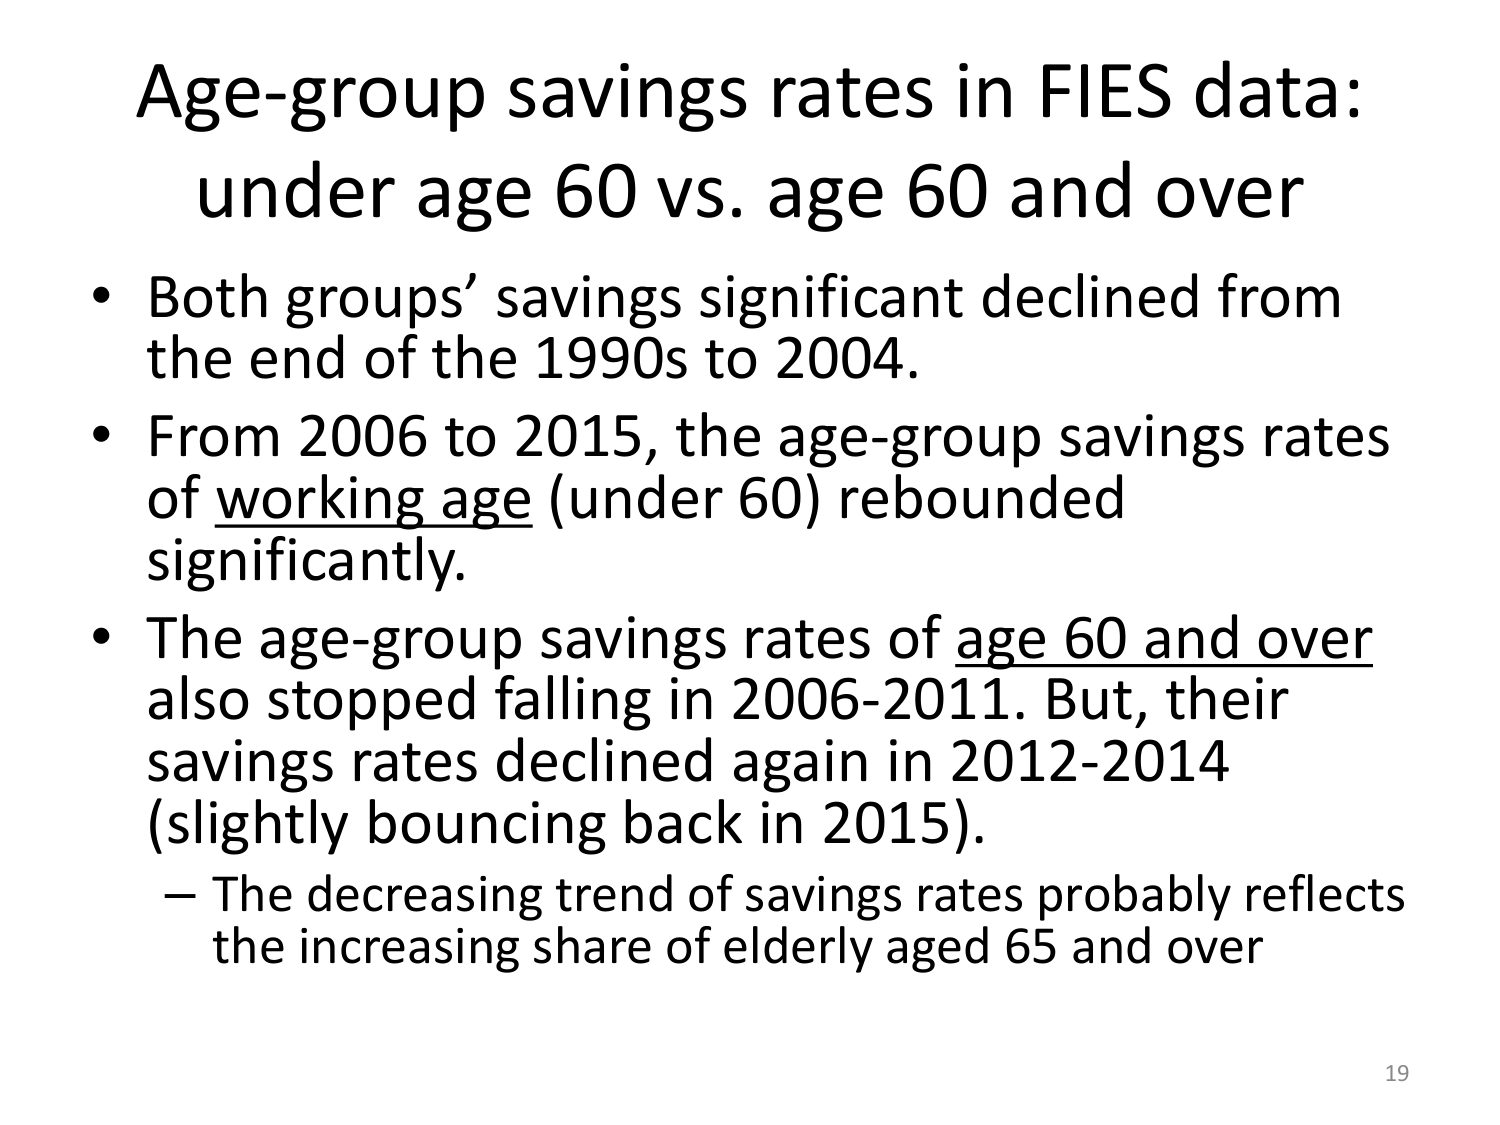
Age-group savings rates in FIES data:
under age 60 vs. age 60 and over

• Both groups’ savings significant declined from the end of the 1990s to 2004.
• From 2006 to 2015, the age-group savings rates of working age (under 60) rebounded significantly.
• The age-group savings rates of age 60 and over also stopped falling in 2006-2011. But, their savings rates declined again in 2012-2014 (slightly bouncing back in 2015).
— The decreasing trend of savings rates probably reflects the increasing share of elderly aged 65 and over

19